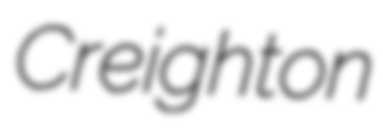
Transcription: Creighton